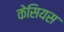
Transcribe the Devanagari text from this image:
केसियस